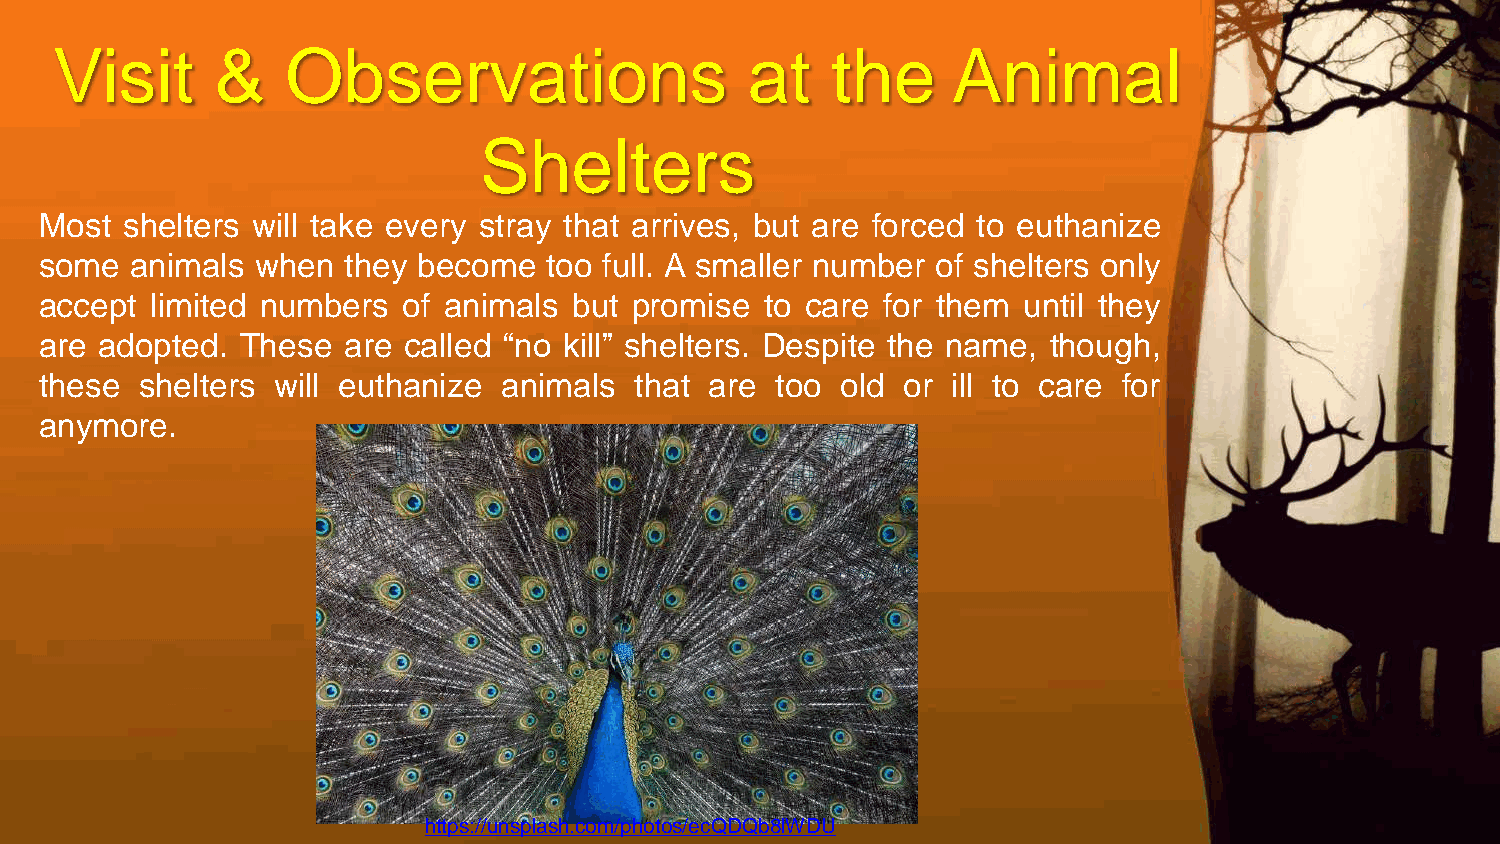
Visit     &    Observations                   at   the     Animal
 Shelters
 Most shelters will take every stray that arrives, but are forced to euthanize
 some  animals when  they become  too full. A smaller number of shelters only
 accept limited numbers  of animals but promise  to care for them until they
 are adopted. These  are called “no kill” shelters. Despite the name, though,
 these shelters will euthanize animals  that are too  old or ill to care for
 anymore.
 https://unsplash.com/photos/ecQDQb8lWDU